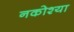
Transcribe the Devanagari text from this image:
नकोश्या